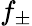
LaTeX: f_{\pm}